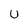
Character: U